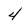
Character: 4